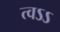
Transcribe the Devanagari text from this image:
त्वऽऽ